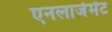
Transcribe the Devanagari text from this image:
एनलार्जमेंट